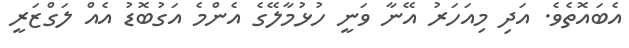
އެބައޮތެވެ. އަދި މިއަހަރު އޭނާ ވަނީ ހުޅުމާލޭގެ އެންމެ އަގުބޮޑު އެއް ލަގްޒަރީ